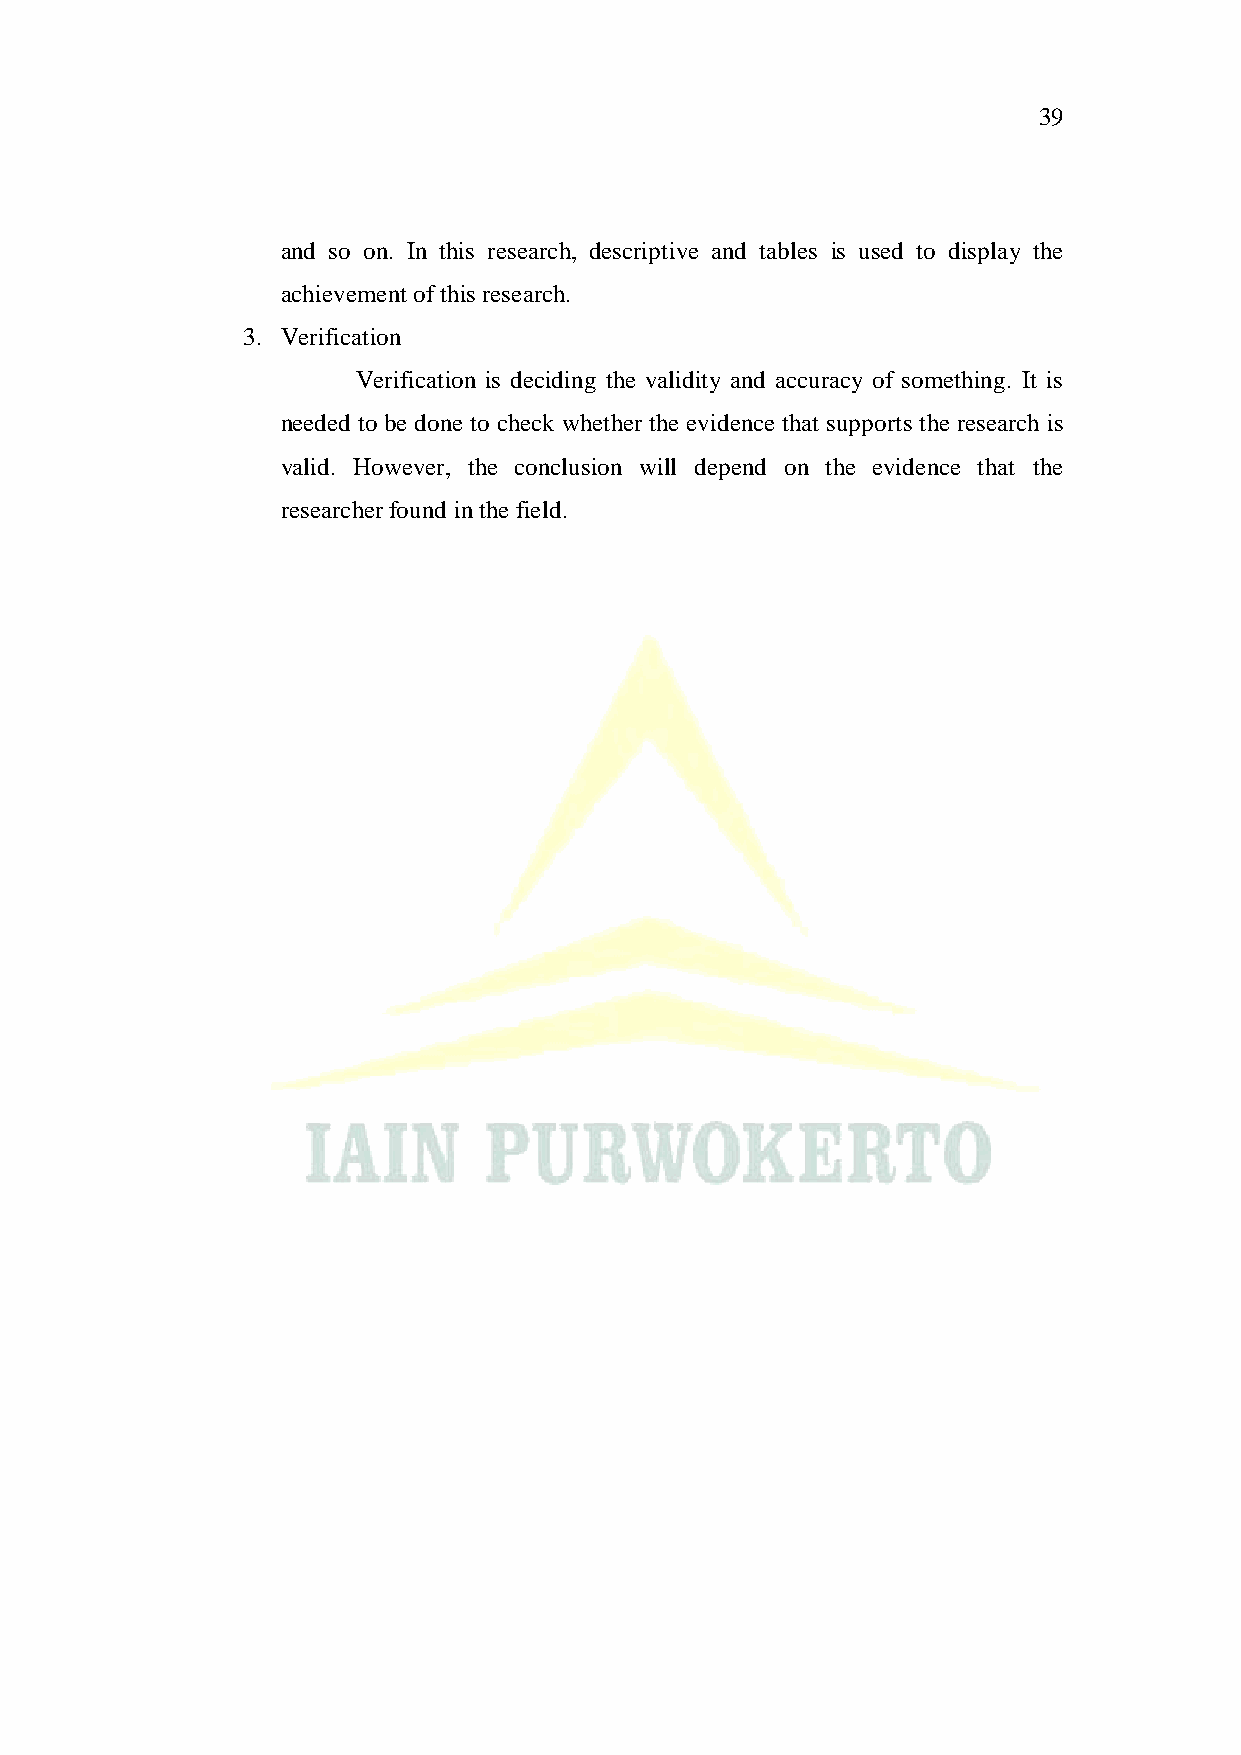
39
 and so on. In this research, descriptive and tables is used to display the
 achievement of this research.
 3. Verification
 Verification is deciding the validity and accuracy of something. It is
 needed to be done to check whether the evidence that supports the research is
 valid. However, the conclusion will depend on the evidence that the
 researcher found in the field.